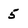
Character: 5